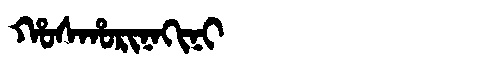
Manchu: ᡥᠣᠰᡥᠣᡵᡳᠨᠠᡴᡳᠨᡳ
Romanization: HOSHORINAKINI